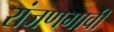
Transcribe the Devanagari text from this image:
रांजणगावी